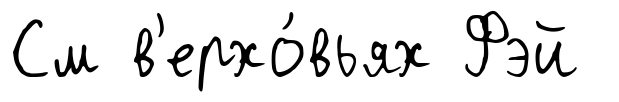
См в'ерхо́вьях Фэй